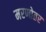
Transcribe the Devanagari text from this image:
मरणोतर